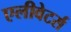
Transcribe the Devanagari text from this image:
एलीवेटर्स